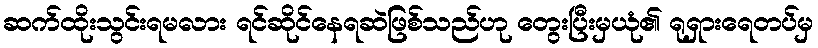
ဆက်ထိုးသွင်းရမလား ရင်ဆိုင်နေရဆဲဖြစ်သည်ဟု တွေးပြီးမှယုံ၏ ရုရှားရေတပ်မှ